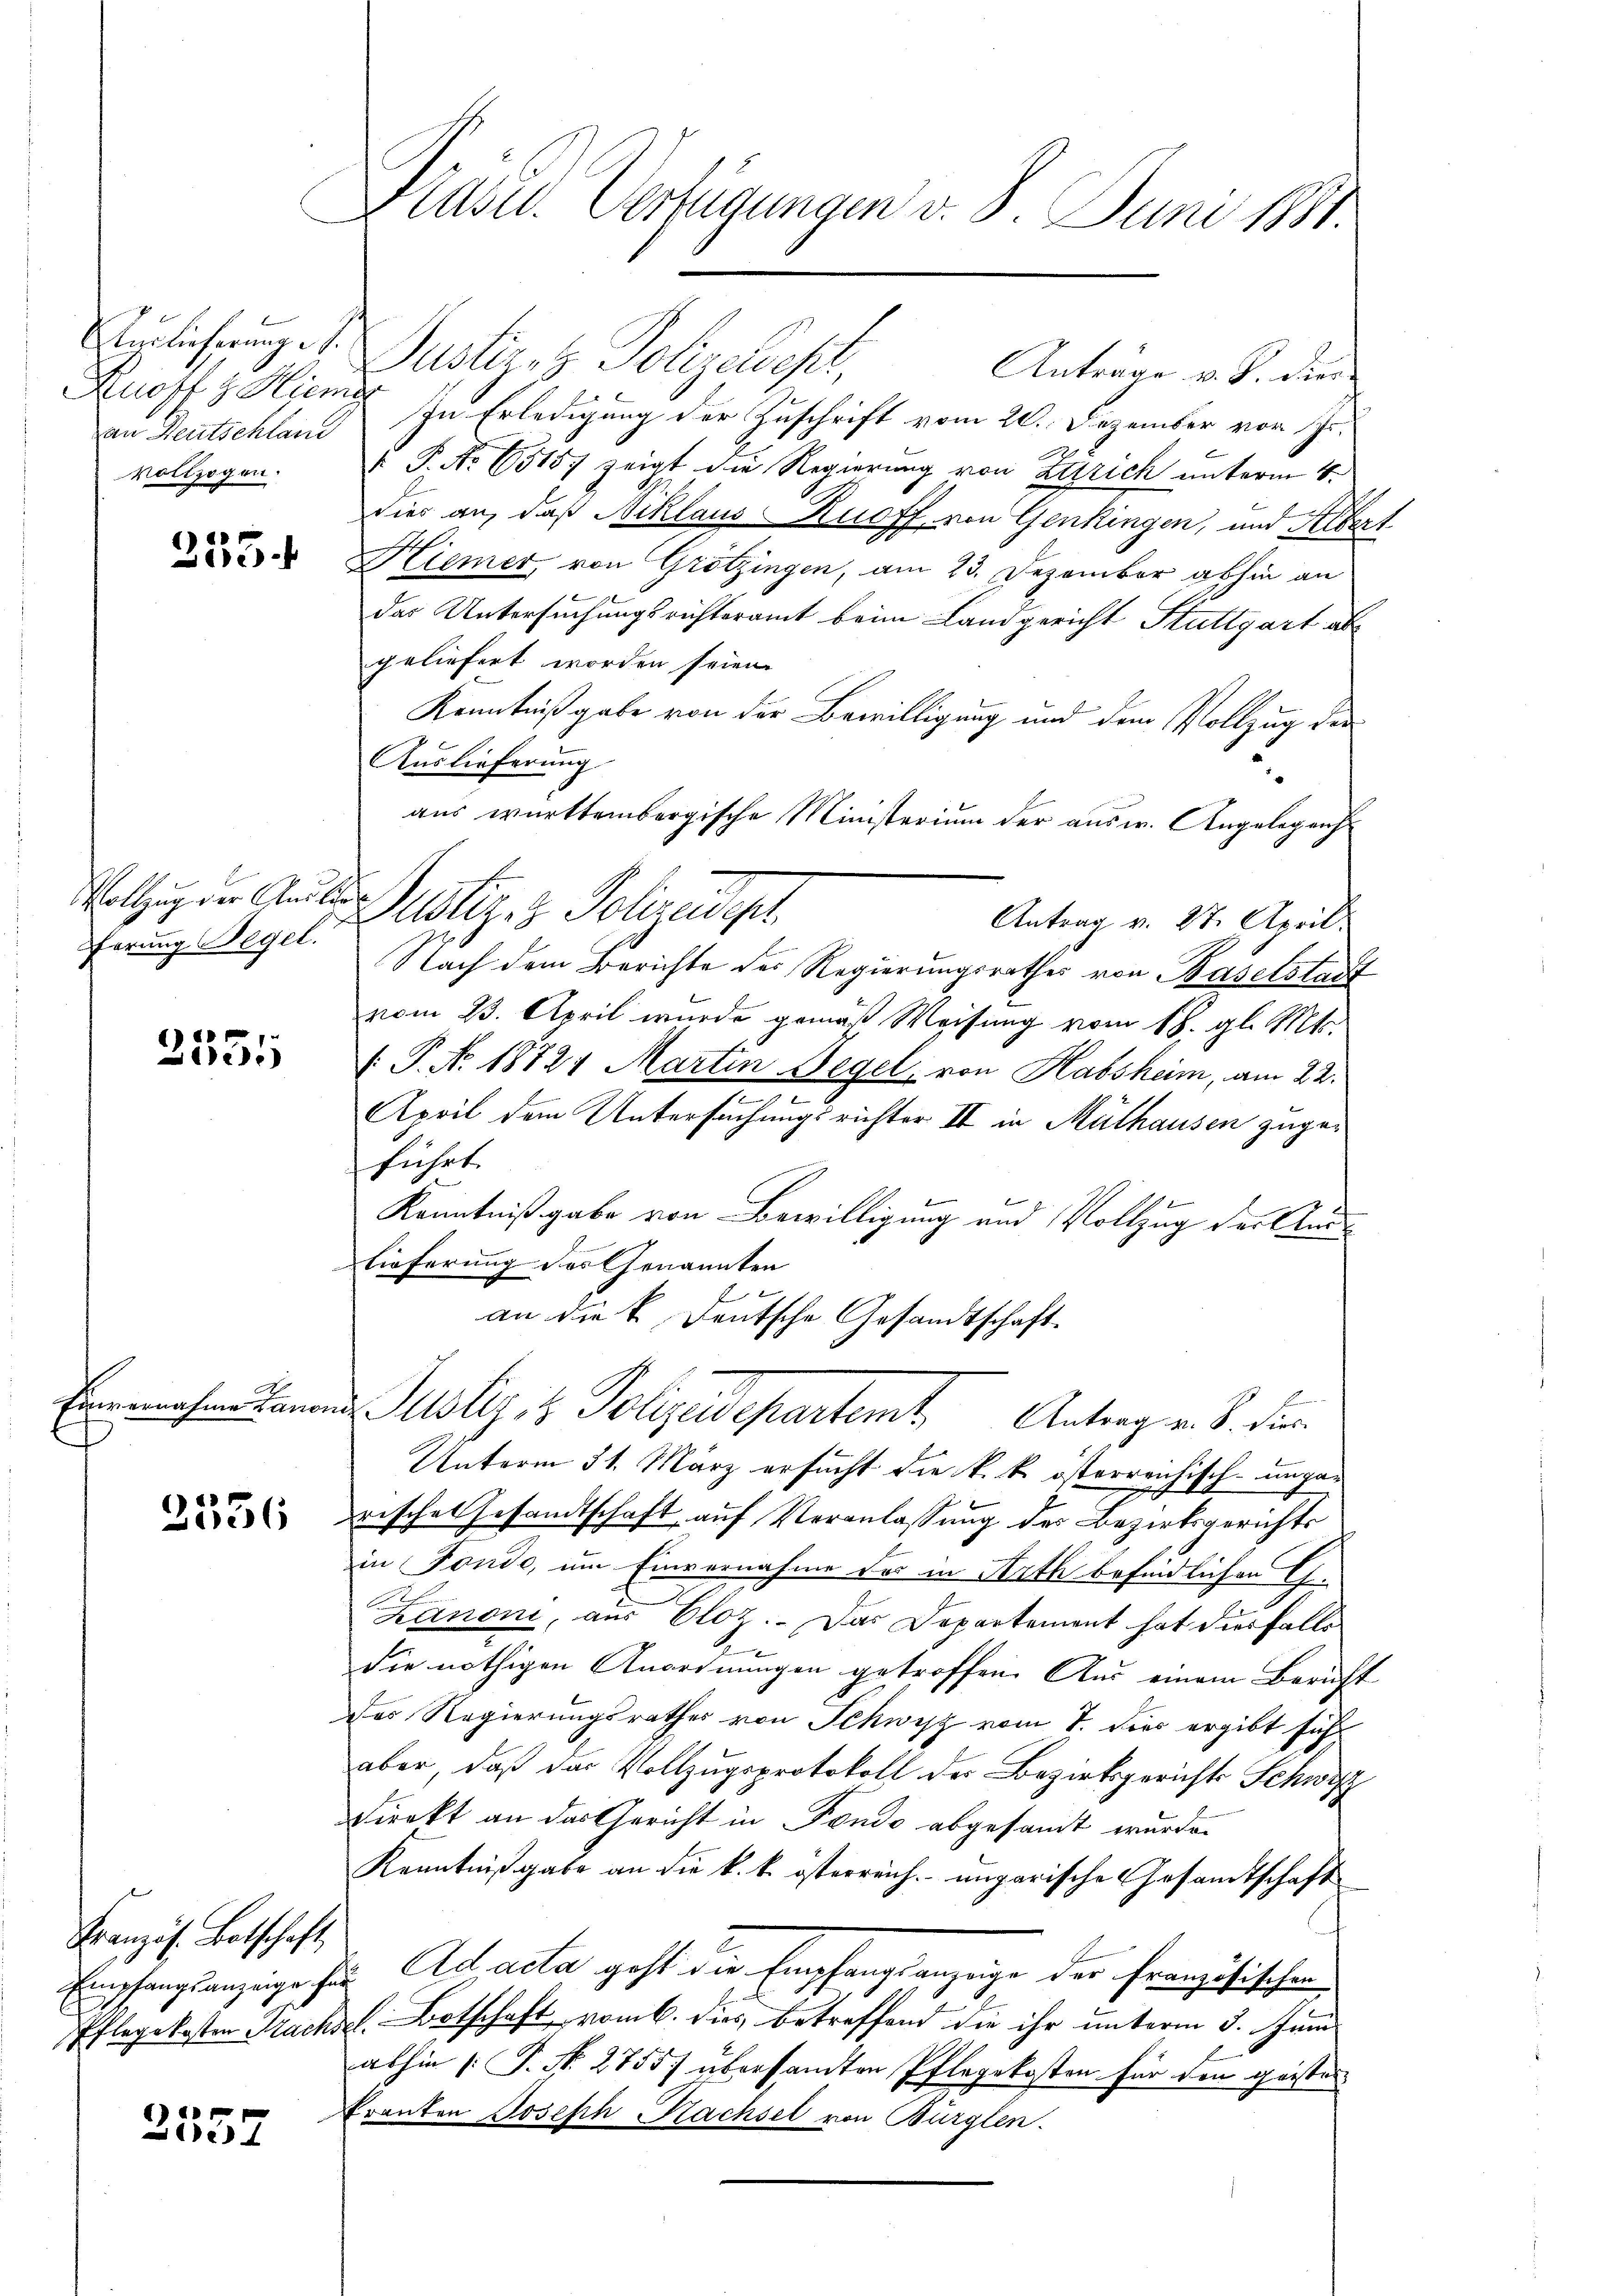
Auslieferung e
an Deutschland
vollzogen.

255.

Vollzug der Auslie
Sferung Begel.

2551

Einvernahme Canon

2336

Französ. Botschaft
Empfangsanzeige fan
Pflege kosten Prachs¬

d
e

Präsid. Verfügungen d. 8. Juni 1881.

Justiret Polizeiept,
Anträge v. S. die
Knopf z. Hiemit In Erledigung der Zuschrift vom 20. Dezember von Fr.
 P. Nr. 6515) zeigt die Regierung von Zürich unterm 4.
dies an, daß Niklaus Ruoff, von Genkingen, und Silbert
Hiemer, von Grötzingen, am 23. Dezember abhin an
das Untersuchungsrichteramt beim Landgericht Stuttgart abgeliefert worden seien.
Kenntnißgabe von der Bewilligung und dem Vollzug der
Auslieferung
aus württembergische Ministerium der ausw. Angelegens
Ptiziz. Polizeidigt.
Antrag v. 27. April
Nach dem Berichte des Regierungsrathes von Baselstadt
vom 23. April wurde gemäß Weisung vom 18. gl. Mts.
. P. No 18721 Martin Degel, von Habsheim, am 22.
I
April dem Untersuchungsrichter II in Mülhausen zugeführt.
Kenntnißgabe von Bewilligung und Vollzug der Auslieferung des Genannten
b
an die k. Deutsche Gesandtschaft.
Justiz & Polzes partent
Antrag v. S. dies
Unterm 31. März ersucht die k. k. österreichisch-unga¬
.
risches Gesandtschaft auf Veranlassung der Bezirksgerichts
in Fonde, um Einvernahme des in Arth befindlichen G-
Zanoni, aus Eloz. Das Departement hat diesfalls
die nöthigen Anordnungen getroffen. Aus einem Bericht
des Regierungsrathes von Schwyz vom 7. Dies ergibt sich
aber, daß des Vollzugsprotokoll der Bezirksgerichts Schwist
Direkt an das Gericht in Fondo abgesandt wurde.
Kenntnißgabe an die k. k. österreich ungarische Gesandtschaft
Ad acta geht die Empfangsanzeige der französischen
l. Botschaft vom 6. dies betreffend die ihr unterm 3. Juni
abhin |: P. Nr. 2755/ übersandten Pflegekosten für den geisten
Franten Joseph Rachsel von Bürglen.